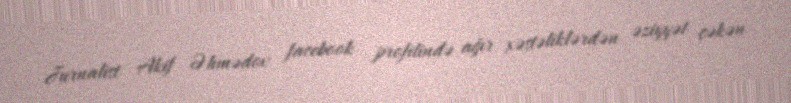
Jurnalist Akif Əhmədov facebook profilində ağır xəstəliklərdən əziyyət çəkən